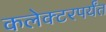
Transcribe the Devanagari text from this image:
कलेक्टरपर्यंत